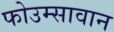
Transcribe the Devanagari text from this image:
फोउम्सावान